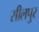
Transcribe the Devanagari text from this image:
सीलपुर